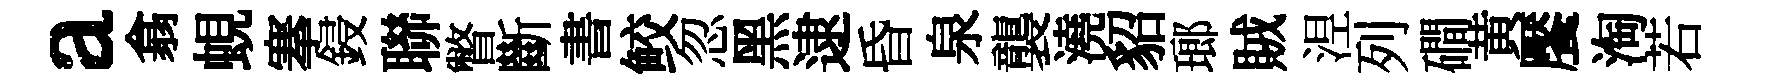
a翕蜆搴鋟聯瞥斷書鲛忽黑逮昏泉襲澆貂瑯賊𣵀列磵黄饜淘若